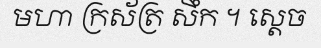
មហា ក្រស័ត្រ សឹក ។ ស្តេច